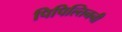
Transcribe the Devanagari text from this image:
पिपिल्तिननी